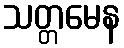
သတ္တမေန